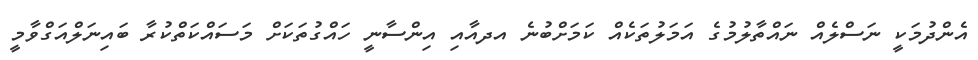
އެންދުމަކީ ނަސްލެއް ނައްތާލުމުގެ އަމަލުތަކެއް ކަމަށްބުނެ އދއާއި އިންސާނީ ހައްގުތަކަށް މަސައްކަތްކުރާ ބައިނަލްއަގްވާމީ